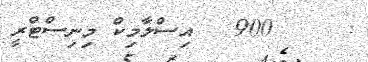
:     900   އިސްލާމިކް މިނިސްޓްރީ